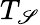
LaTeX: T_{\mathscr{S}}